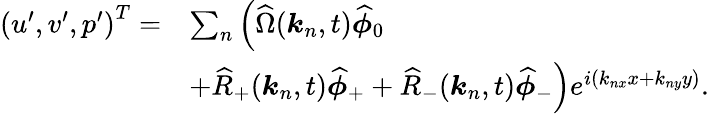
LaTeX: \begin{array}{rl}{\left(u^{\prime},v^{\prime},p^{\prime}\right)^{T}=}&{\sum_{n}\Big(\widehat{\Omega}(\boldsymbol{k}_{n},t)\widehat{\boldsymbol{\phi}}_{0}}\\ &{+\widehat{R}_{+}(\boldsymbol{k}_{n},t)\widehat{\boldsymbol{\phi}}_{+}+\widehat{R}_{-}(\boldsymbol{k}_{n},t)\widehat{\boldsymbol{\phi}}_{-}\Big)e^{i(k_{nx}x+k_{ny}y)}.}\end{array}